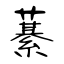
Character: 藄